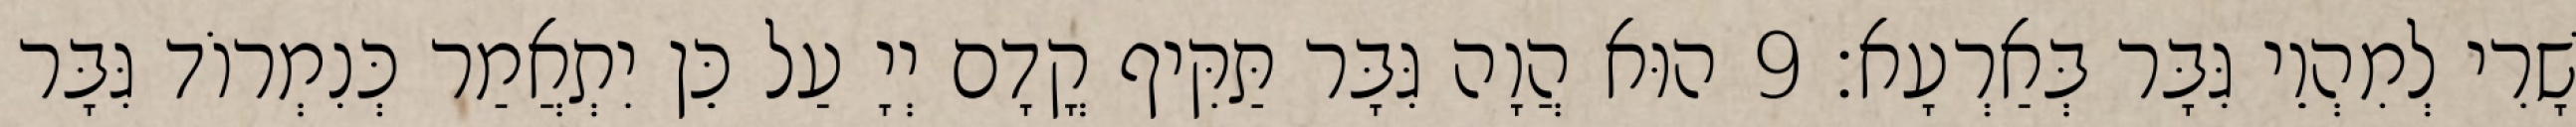
שָׁרִי לְמִהְוֵי גִּבָּר בְּאַרְעָא׃ 9 הוּא הֲוָה גִּבָּר תַּקִּיף קֳדָם יְיָ עַל כֵּן יִתְאֲמַר כְּנִמְרוֹד גִּבָּר